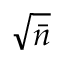
\sqrt { \bar { n } }